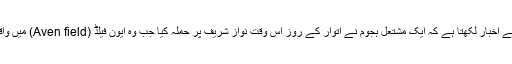
اسی سے متعلق ایک واقعے کی خبر دیتے ہوئے اخبار لکھتا ہے کہ ایک مشتعل ہجوم نے اتوار کے روز اس وقت نواز شریف پر حملہ کیا جب وہ ایون فیلڈ (Aven field) میں واقع اپنے بیٹے کے گھر میں داخل ہورہے تھے۔